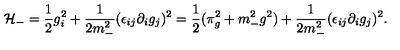
{ \cal H } _ { - } = { \frac { 1 } { 2 } } g _ { i } ^ { 2 } + { \frac { 1 } { 2 m _ { - } ^ { 2 } } } ( \epsilon _ { i j } \partial _ { i } g _ { j } ) ^ { 2 } = { \frac { 1 } { 2 } } ( \pi _ { g } ^ { 2 } + m _ { - } ^ { 2 } g ^ { 2 } ) + { \frac { 1 } { 2 m _ { - } ^ { 2 } } } ( \epsilon _ { i j } \partial _ { i } g _ { j } ) ^ { 2 } .